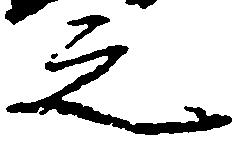
之